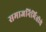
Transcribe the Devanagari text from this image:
समाजनिर्मितीचे